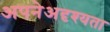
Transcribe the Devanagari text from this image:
अपनेअदृश्यता